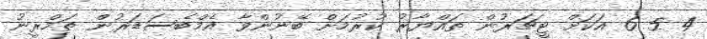
4 5 6 އަކަށް ޓީޗަރުން ތައްޔާރު ކުރުމަށް ބޭނުންވާ އެމްބެސަޑަރުން ތަމްރީނު